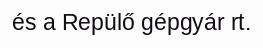
és a Repülő gépgyár rt.